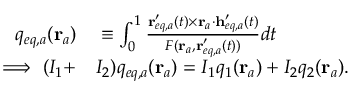
\begin{array} { r l } { q _ { e q , a } ( \mathbf { r } _ { a } ) } & { { } \equiv \int _ { 0 } ^ { 1 } \frac { \mathbf { r } _ { e q , a } ^ { \prime } ( t ) \times \mathbf { r } _ { a } \cdot \mathbf { h } _ { e q , a } ^ { \prime } ( t ) } { F ( \mathbf { r } _ { a } , \mathbf { r } _ { e q , a } ^ { \prime } ( t ) ) } d t } \\ { \implies ( I _ { 1 } + } & { { } I _ { 2 } ) q _ { e q , a } ( \mathbf { r } _ { a } ) = I _ { 1 } q _ { 1 } ( \mathbf { r } _ { a } ) + I _ { 2 } q _ { 2 } ( \mathbf { r } _ { a } ) . } \end{array}